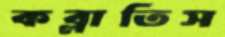
কব্‌লাতিস